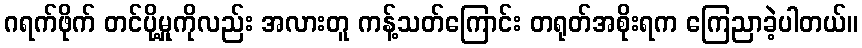
ဂရက်ဖိုက် တင်ပို့မှုကိုလည်း အလားတူ ကန့်သတ်ကြောင်း တရုတ်အစိုးရက ကြေညာခဲ့ပါတယ်။